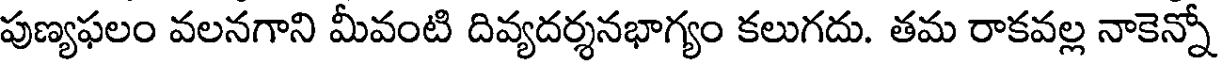
పుణ్యఫలం వలనగాని మీవంటి దివ్యదర్శనభాగ్యం కలుగదు. తమ రాకవల్ల నాకెన్నో